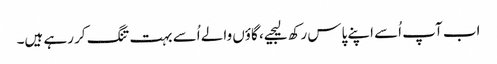
اب آپ اُسے اپنے پاس رکھ لیجیے، گاؤں والے اُسے بہت تنگ کر رہے ہیں۔